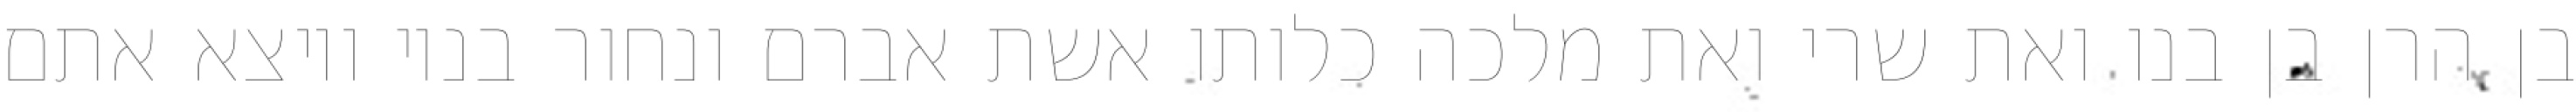
בן הרן בן בנו ואת שרי ואת מלכה כלותו אשת אברם ונחור בניו ויוצא אתם